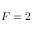
F = 2